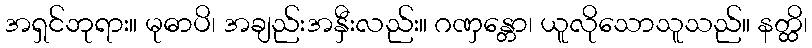
အရှင်ဘုရား။ မုဓာပိ၊ အချည်းအနှီးလည်း။ ဂဏှန္တော၊ ယူလိုသောသူသည်။ နတ္ထိ၊